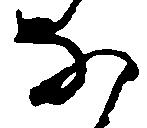
な